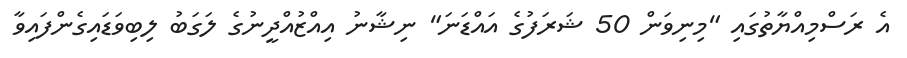
އެ ރަސްމިއްޔާތުގައި "މިނިވަން 50 ޝަރަފުގެ އައްޑަނަ" ނިޝާނު އިއްޒުއްދީނުގެ ލަގަބު ލިބިވަޑައިގެންފައިވާ